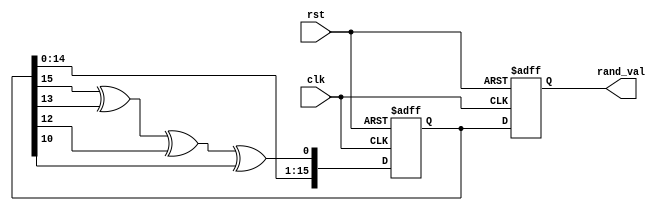
module random_initialization (
    input wire clk,          // Clock signal
    input wire rst,          // Asynchronous reset signal
    output reg [15:0] rand_val // Random value output (16-bit)
);

    // LFSR parameters
    reg [15:0] lfsr; // Internal state for LFSR
    wire feedback;   // Feedback bit for LFSR

    // Feedback polynomial: x^16 + x^14 + x^13 + x^11 + 1
    assign feedback = lfsr[15] ^ lfsr[13] ^ lfsr[12] ^ lfsr[10];

    // Asynchronous reset and random value generation
    always @(posedge clk or posedge rst) begin
        if (rst) begin
            // Reset condition: Initialize LFSR to a known state
            lfsr <= 16'hACE1; // Example seed value
            rand_val <= 16'h0000; // Initial random value
        end else begin
            // Random value generation
            lfsr <= {lfsr[14:0], feedback}; // Shift and insert feedback
            rand_val <= lfsr; // Output the current LFSR value
        end
    end

endmodule